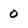
Character: 0